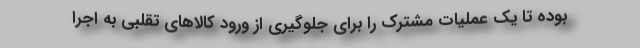
بوده تا یک عملیات مشترک را برای جلوگیری از ورود کالاهای تقلبی به اجرا